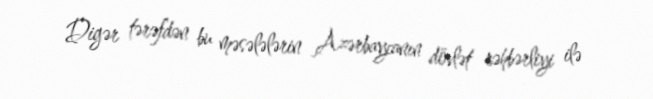
Digər tərəfdən bu məsələlərin Azərbaycanın dövlət rəhbərliyi ilə